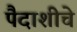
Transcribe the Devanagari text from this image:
पैदाशीचे